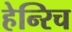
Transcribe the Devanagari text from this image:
हेन्‍रिच